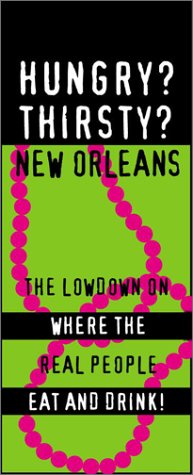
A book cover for Hungry? Thirsty? New Orleans: The Lowdown on Where the Real People Eat and Drink (Glove Box Guides); Travel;